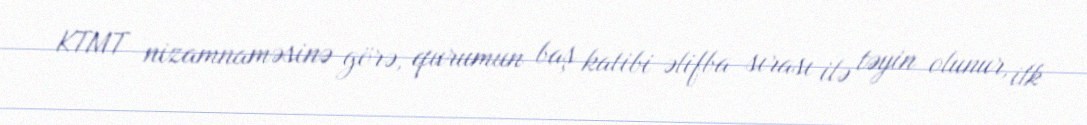
KTMT nizamnaməsinə görə, qurumun baş katibi əlifba sırası ilə təyin olunur, ilk